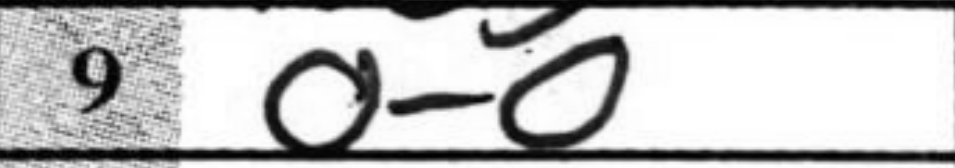
Transcription: O-O